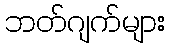
ဘတ်ဂျက်များ